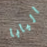
البابا